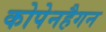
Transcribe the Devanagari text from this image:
कोपेनहैगन